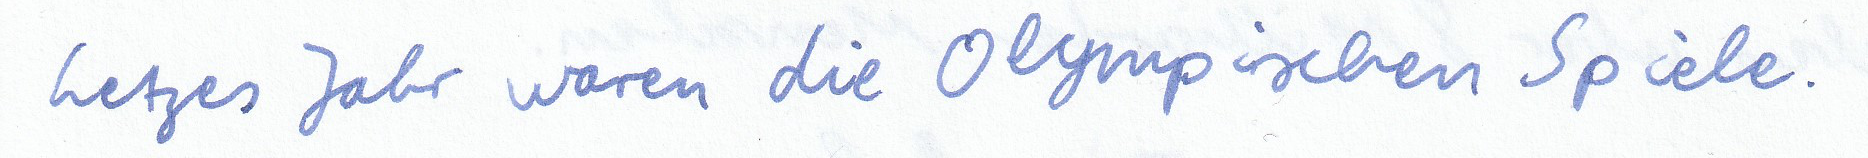
Letztes Jahr waren die Olympischen Spiele.